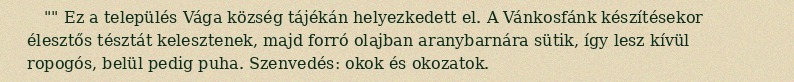
"" Ez a település Vága község tájékán helyezkedett el. A Vánkosfánk készítésekor élesztős tésztát kelesztenek, majd forró olajban aranybarnára sütik, így lesz kívül ropogós, belül pedig puha. Szenvedés: okok és okozatok.